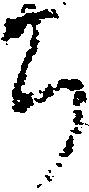
ち